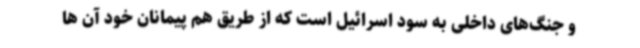
و جنگ‌های داخلی به سود اسرائیل است که از طریق هم پیمانان خود آن ها